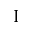
\mathrm { I }